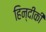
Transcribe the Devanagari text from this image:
हिन्दीकी